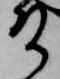
殿